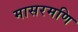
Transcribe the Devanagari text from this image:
मासरमणि